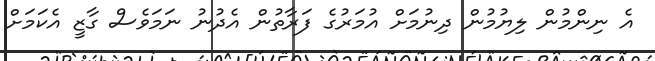
އެ ނިންމުން ލިޔުމުން ދިނުމަށް އުމަރުގެ ފަރާތުން އެދުނު ނަމަވެސް ގާޒީ އެކަމަށް